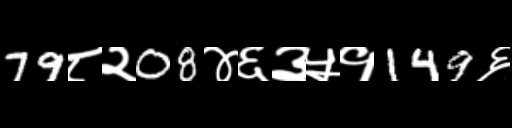
Text: 79८२08४६३५१149६